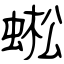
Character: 蜙